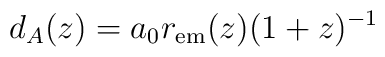
d_A(z)=a_0 r_{\rm em}(z)(1+z)^{-1}